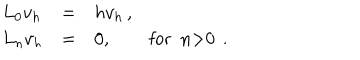
\begin{array} { l c l } { { L _ { 0 } v _ { h } } } & { { = } } & { { h v _ { h } \, , } } \\ { { L _ { n } v _ { h } } } & { { = } } & { { 0 , \qquad \mathrm { f o r ~ n > 0 ~ } \, . } } \\ \end{array}